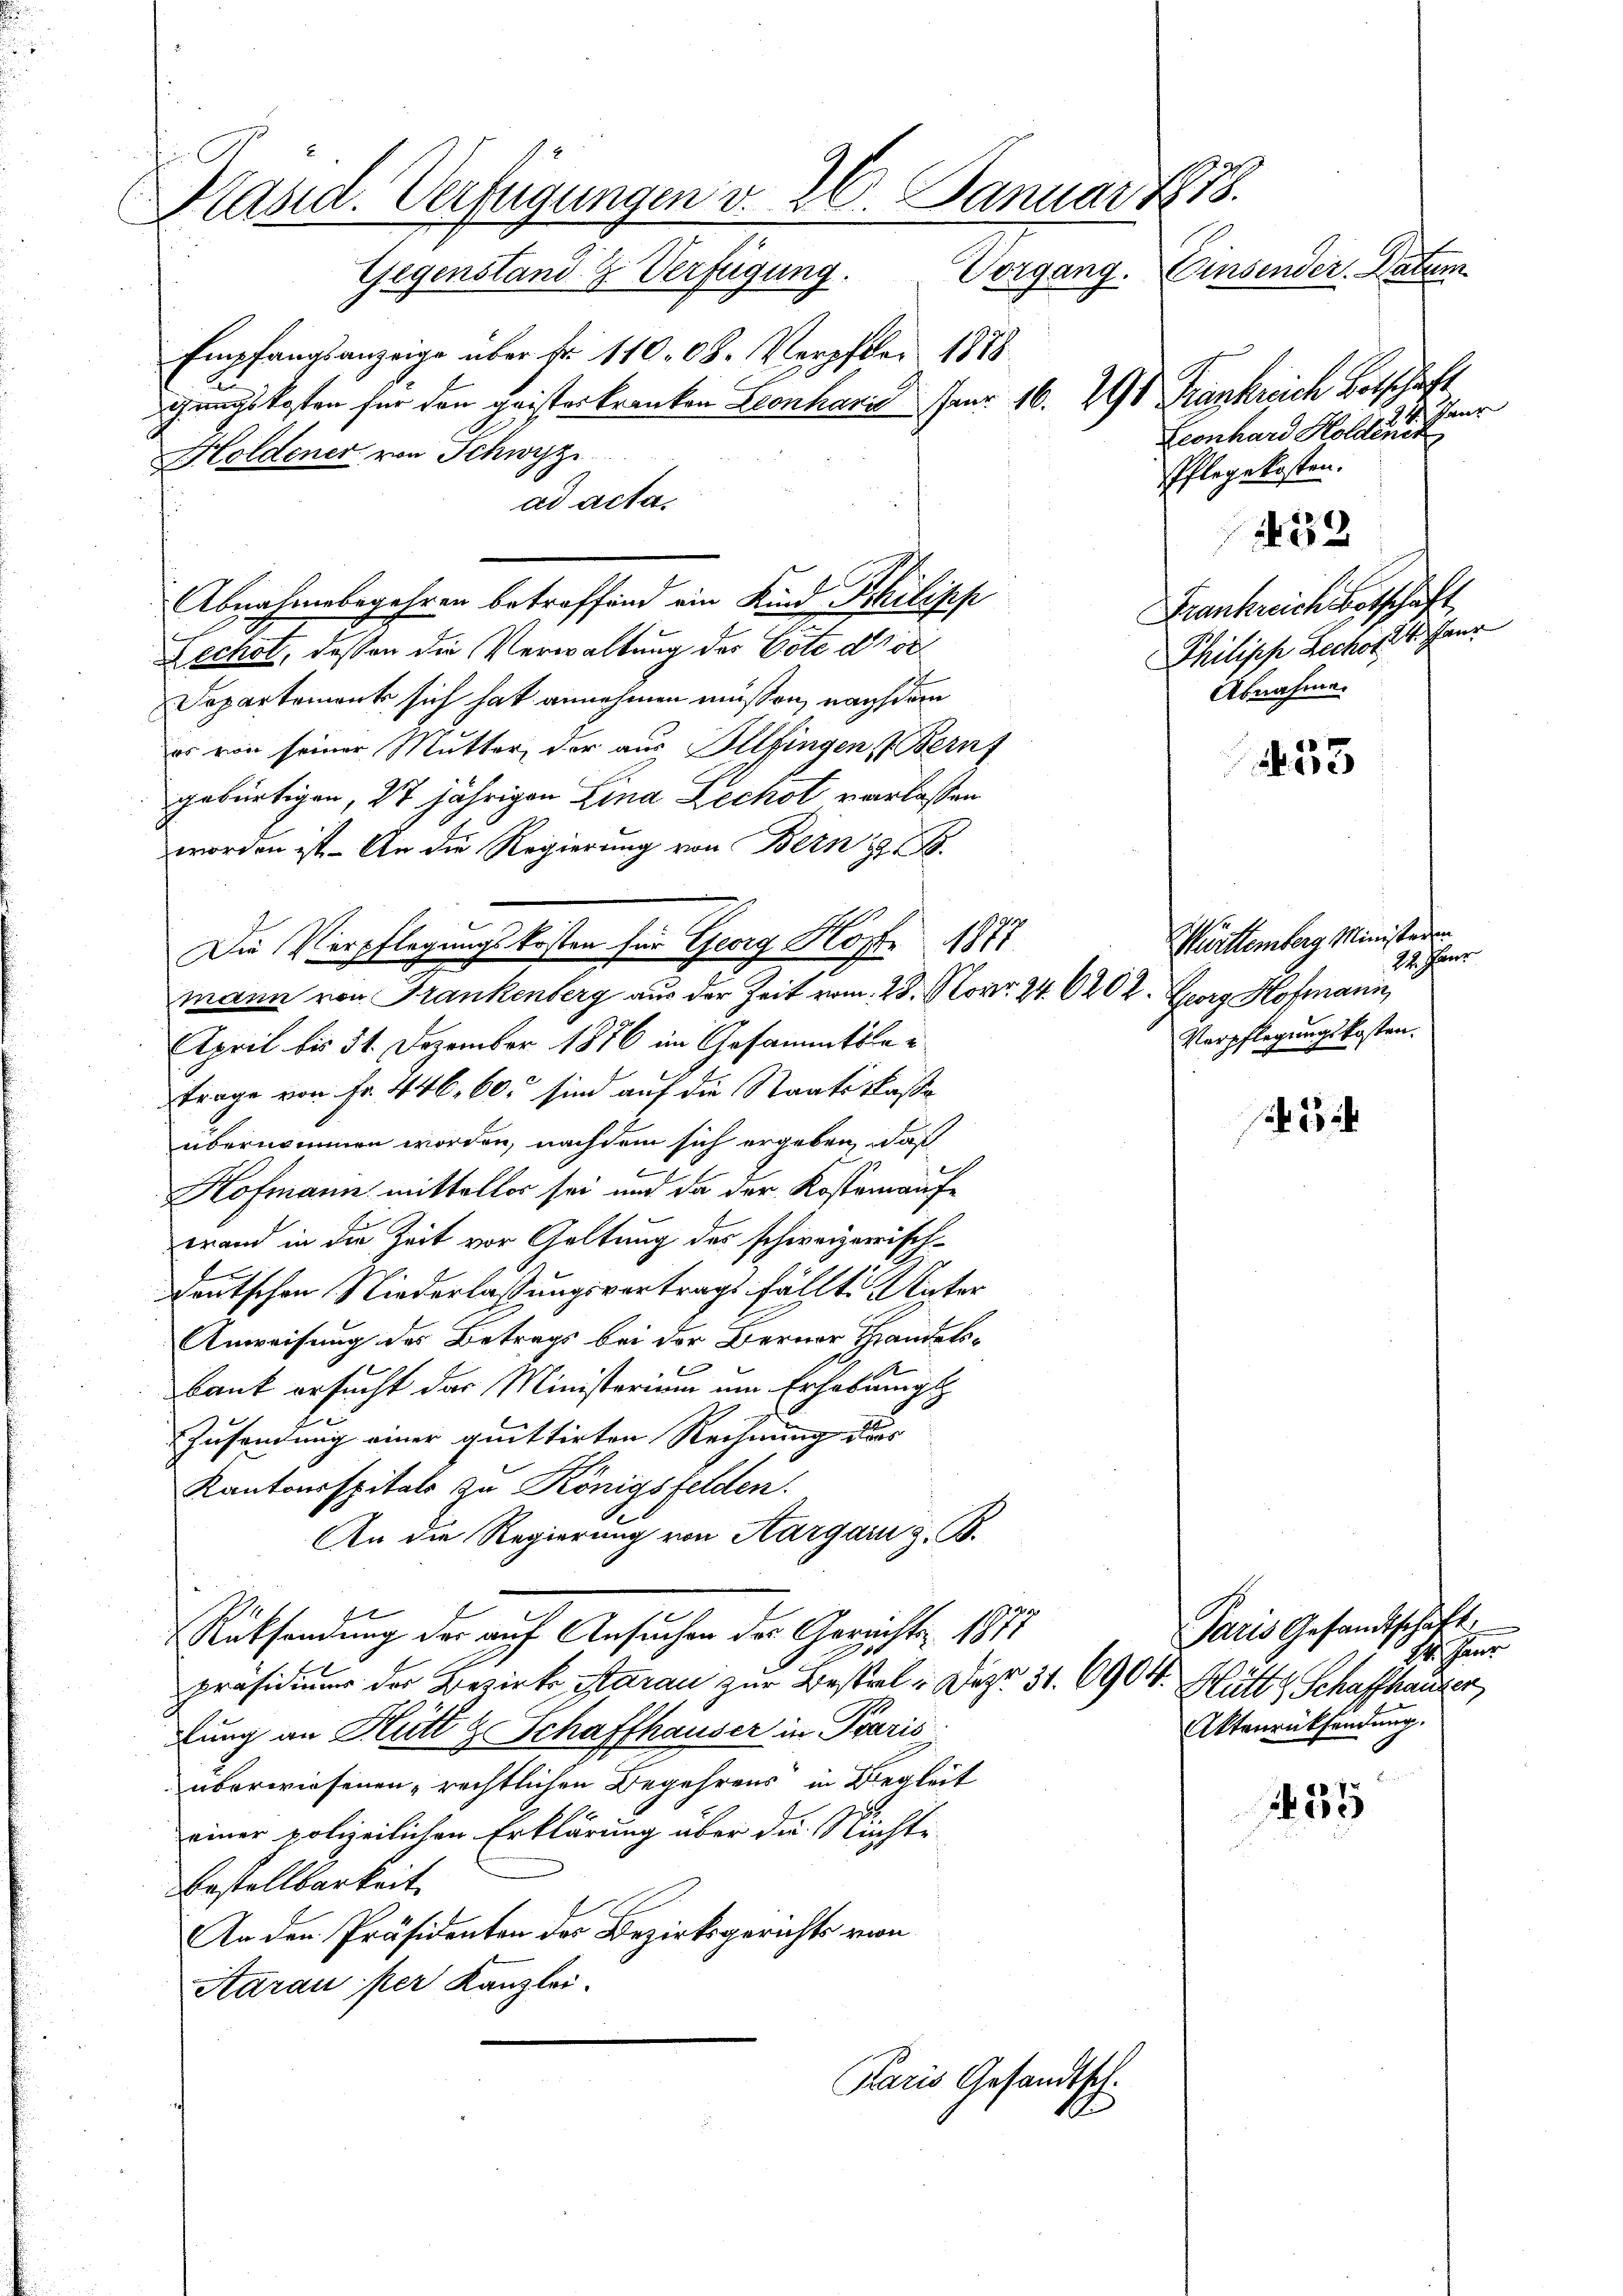
Kräsid. Verfügungen v. 26. Januar 1878.
Vergang. Einsender Paten.
Gegenstand. G. Verfügung.

Empfangsanzeige über fr. 11008. Verpfler 1878.
gangskosten für den geisterkranken Leonhard für 16. 291 Frankreich Botschaft
Holdener von Schwyz
ad acta.
Abnahmebegehren betreffend ein Kind Schilipp
Lechst, dessen die Verwaltung des Bote d. 150.
Departement sich hat annehmen müssen, nachdem
es von seiner Mutter der aus Illfingen Bernt
gebürtigen, 27 jährigen Lina Zechst verlassen
worden ist. - An die Regierung von Bern z. B.
Die Verpflegungskosten für Georg Klöst 1887
mann von Frankenberg aus der Zeit vom 28. Nov. 24. 620 l. Georg Hofmann,
April bis 31. Dezember 1876 im Gesammtslatrage von Fr. 446, 60 sind auf die Staatskassa
übernommen worden, nachdem sich ergeben, daß
Hofmann mittelbar sei und da der Kostenaufe
wrand in die Zeit vor Geltung des schweizerisch¬
E
deutschen Niederlassungsvertrags fällte Unter
Anweisung des Betrags bei der Berner Handelsbank ersucht das Ministerium um Erhebungs
Zusendung einer quittirten Rechnung dur
Kantonsspitals zu Königsfelden.
An die Regierung von Aargarn z. B.
x
Rücksendung der auf Ansuchen des Gerichter 1877
s
präsidium der Bezirks Starau zur Bestrat. Dez. 31. 6904. Mütt & Schaffhauser,
lung an Hütt & Schaffhauser in Paris
überwiesenen rechtlichen Begehrens in Begleit
einer polizeilichen Erklärung über du Nüchte
Bestellbarkeit
An den Präsidenten des Bezirksgerichts von
Aarau per Kanzlei.
Karis Gesandtsch.

Henr
Econhard Holdenck
Pflegekosten.
u
32
Frankreich Botschaft
Philiph Lechon 4 Haur
Abnahme.

33

Mürttemberg Minister
22. Janr
Verpflegungskosten.

3

Paris Gesandtschäft
hassen
Aktenrücksendung.

135